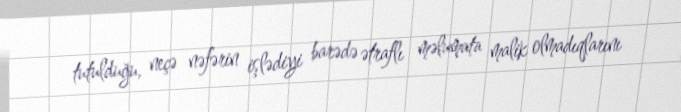
tutulduğu, neçə nəfərin işlədiyi barədə ətraflı məlumata malik olmadıqlarını